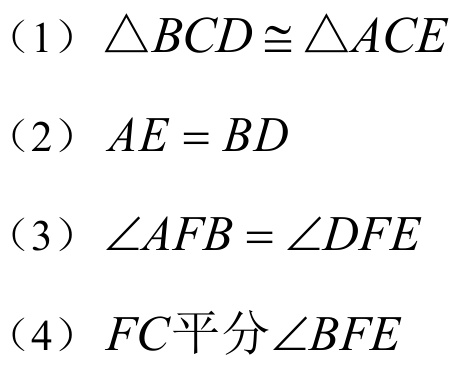
（1）\(\triangle BCD\cong\triangle ACE\)
（2）\(AE = BD\)
（3）\(\angle AFB=\angle DFE\)
（4）\(FC平分\angle BFE\)